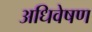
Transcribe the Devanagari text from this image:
अधिवेषण